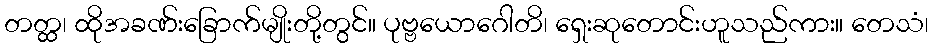
တတ္ထ၊ ထိုအခဏ်းခြောက်မျိုးတို့တွင်။ ပုဗ္ဗယောဂေါတိ၊ ရှေးဆုတောင်းဟူသည်ကား။ တေသံ၊